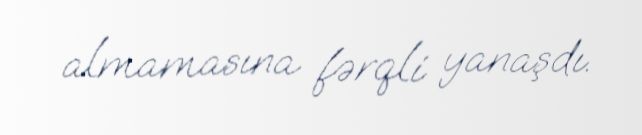
almamasına fərqli yanaşdı.